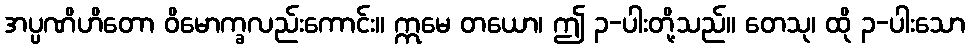
အပ္ပဏိဟိတော ဝိမောက္ခလည်းကောင်း။ ဣမေ တယော၊ ဤ ၃-ပါးတို့သည်။ တေသု၊ ထို ၃-ပါးသော